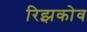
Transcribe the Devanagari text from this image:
रिझकोव